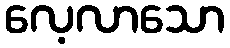
လေ့လာသော